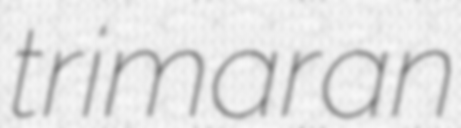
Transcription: trimaran